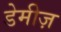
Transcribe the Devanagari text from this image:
डेमीज़